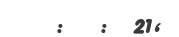
:   :  21